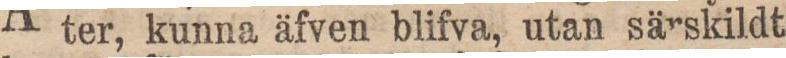
ter, kunna äfven blifva, utan särskildt